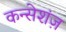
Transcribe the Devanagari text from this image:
कन्सेशंज़